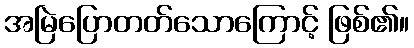
အမြဲပြောတတ်သောကြောင့် ဖြစ်၏။